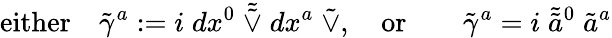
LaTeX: \mathrm{either}\quad\tilde{\gamma}^{a}:=i\; dx^{0}\; \tilde{\tilde{\vee}}\; dx^{a}\; \tilde{\vee},\quad\mathrm{or}\qquad\tilde{\gamma}^{a}=i\; \tilde{\tilde{a}}{}^{0}\; \tilde{a}^{a}